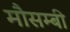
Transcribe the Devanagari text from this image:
मौसम्बी